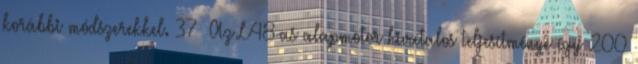
korábbi módszerekkel. 37 Az L48-as alapmotor hivatalos teljesítménye így 200